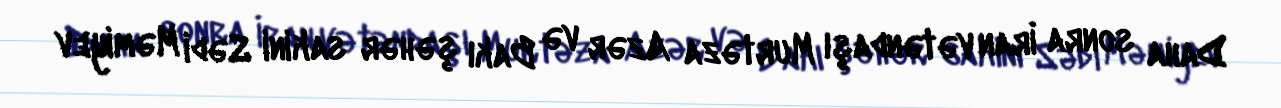
Daha sonra İran vətəndaşı Murtəza Azər və Bakı şəhər sakini Sədi Məmiyev